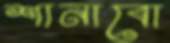
শানাবো